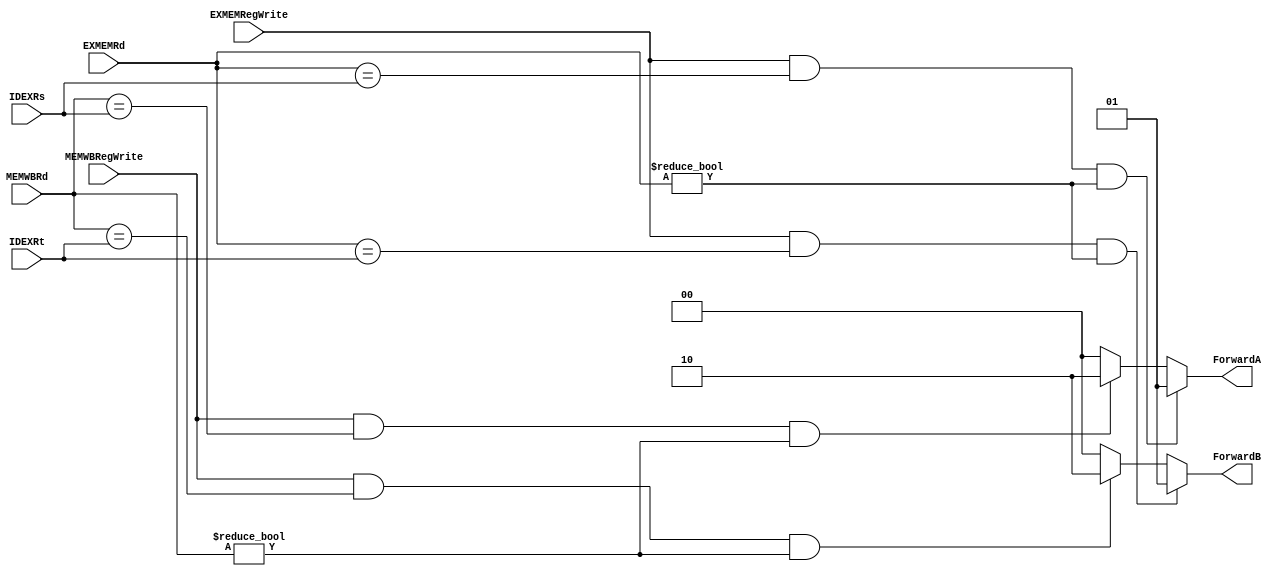
//Subject:     CO project 4 - Pipe Register
//--------------------------------------------------------------------------------
//Version:     1
//--------------------------------------------------------------------------------
//Writer:      
//----------------------------------------------
//Date:        
//----------------------------------------------
//Description: 
//--------------------------------------------------------------------------------
module Forwarding(
            ForwardA,
            ForwardB,          
            IDEXRs,
            IDEXRt,
            EXMEMRd,
            EXMEMRegWrite,
            MEMWBRd,
            MEMWBRegWrite
);
					
input   [4:0]   IDEXRs;
input   [4:0]   IDEXRt;
input   [4:0]   EXMEMRd;
input           EXMEMRegWrite;
input   [4:0]   MEMWBRd;
input           MEMWBRegWrite;
output reg [1:0]   ForwardA;
output reg [1:0]   ForwardB;

always @(*) 
begin
    if (EXMEMRegWrite == 1'b1 && EXMEMRd == IDEXRs && EXMEMRd != 5'd0) ForwardA = 2'b01;
    else if (MEMWBRegWrite == 1'b1 && MEMWBRd == IDEXRs && MEMWBRd != 5'd0) ForwardA = 2'b10;
    else ForwardA = 2'b00;
end

always @(*) 
begin
    if (EXMEMRegWrite == 1'b1 && EXMEMRd == IDEXRt && EXMEMRd != 5'd0) ForwardB = 2'b01;
    else if (MEMWBRegWrite == 1'b1 && MEMWBRd == IDEXRt && MEMWBRd != 5'd0) ForwardB = 2'b10;
    else ForwardB = 2'b00;
end

endmodule